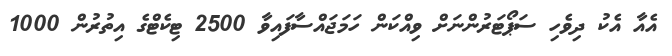
އެއާ އެކު ދިވެހި ސަޕޯޓަރުންނަށް ވިއްކަން ހަމަޖައްސާފައިވާ 2500 ޓިކެޓްގެ އިތުރުން 1000